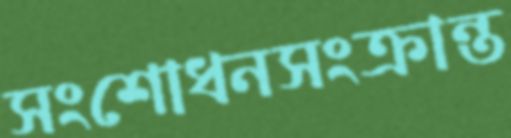
সংশোধনসংক্রান্ত